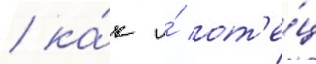
/ ка́к и́ от'е́ц